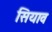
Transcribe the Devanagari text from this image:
सियाव